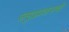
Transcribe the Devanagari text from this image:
समुद्रप्राशनाची